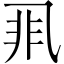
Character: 𱎇